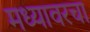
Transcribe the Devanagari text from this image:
मध्यावरचा